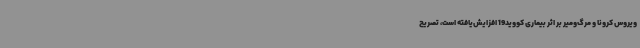
ویروس کرونا و مرگ‌ومیر بر اثر بیماری کووید19 افزایش‌یافته است، تصریح